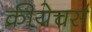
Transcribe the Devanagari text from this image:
क्रीयेचर्स